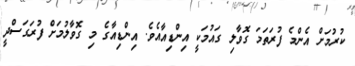
ކުރުމަށް އެންމެ ފުރަތަމަ ގޮވާލި ގައުމަކީ އިންޑިއާއެވެ. އިންޑިއާގެ މި ގޮވާލުމަށް ފުރަގަސްދީ